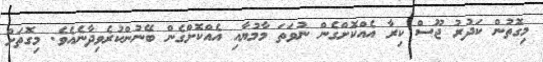
މިގޮތުން ކަދުރު ޖޫސް ކިރާ އެއްކޮށްގެން ނުވަތަ މާމުޔާއި އެއްކޮށްގެން ބޭނުންކުރެވިދާނެއެވެ. މިގޮތަށް